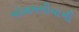
મોસમમીયાની